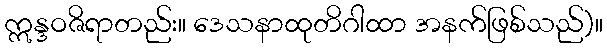
ဣန္ဒဝဇိရာတည်း။ ဒေသနာထုတိဂါထာ အနက်ဖြစ်သည်)။